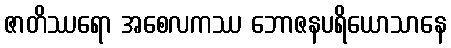
ဇာတိဿရော အစေလကဿ ဘောဇနပရိယောသာနေ